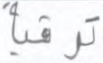
ترقية